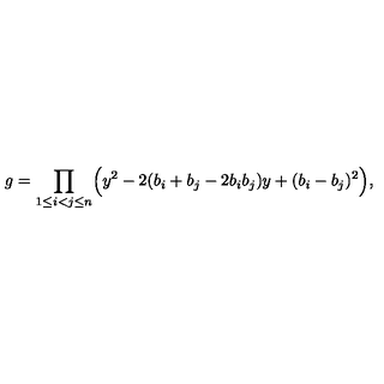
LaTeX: g = \prod _ { 1 \leq i < j \leq n } \Bigl ( y ^ { 2 } - 2 ( b _ { i } + b _ { j } - 2 b _ { i } b _ { j } ) y + ( b _ { i } - b _ { j } ) ^ { 2 } \Bigr ) ,